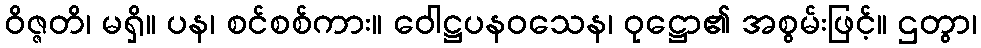
ဝိဇ္ဇတိ၊ မရှိ။ ပန၊ စင်စစ်ကား။ ဝေါဋ္ဌပနဝသေန၊ ဝုဋ္ဌော၏ အစွမ်းဖြင့်။ ဌတွာ၊